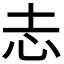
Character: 𢖽